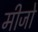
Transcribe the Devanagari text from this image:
मीजो